Indian journal of veterinary science and animal husbandry - Volume 13,
Year: 1943
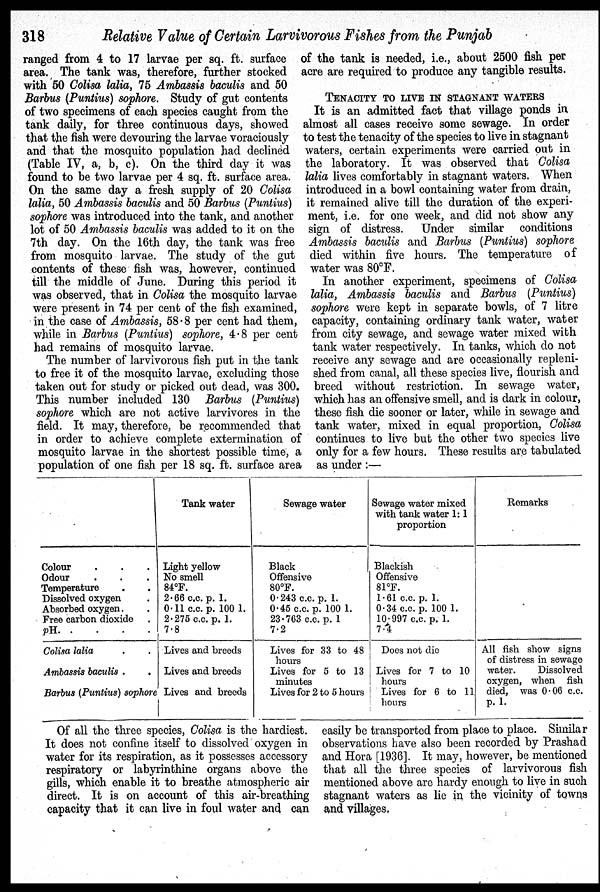
318 Relative Value of Certain Larvivorous Fishes from the Punjab
ranged from 4 to 17 larvae per sq. ft. surface
area. The tank was, therefore, further stocked
with 50 Colisa lalia, 75 Ambassis baculis and 50
Barbus (Puntius) sophore. Study of gut contents
of two specimens of each species caught from the
tank daily, for three continuous days, showed
that the fish were devouring the larvae voraciously
and that the mosquito population had declined
(Table IV, a, b, c). On the third day it was
found to be two larvae per 4 sq. ft. surface area.
On the same day a fresh supply of 20 Colisa
lalia, 50 Ambassis baculis and 50 Barbus (Puntius)
sophore was introduced into the tank, and another
lot of 50 Ambassis baculis was added to it on the
7th day. On the 16th day, the tank was free
from mosquito larvae. The study of the gut
contents of these fish was, however, continued
till the middle of June. During this period it
was observed, that in Colisa the mosquito larvae
were present in 74 per cent of the fish examined,
in the case of Ambassis, 58.8 per cent had them,
while in Barbus (Puntius) sophore, 4.8 per cent
had remains of mosquito larvae.
The number of larvivorous fish put in the tank
to free it of the mosquito larvae, excluding those
taken out for study or picked out dead, was 300.
This number included 130 Barbus (Puntius)
sophore which are not active larvivores in the
field. It may, therefore, be recommended that
in order to achieve complete extermination of
mosquito larvae in the shortest possible time, a
population of one fish per 18 sq. ft. surface area
of the tank is needed, i.e., about 2500 fish per
acre are required to produce any tangible results.
TENACITY TO LIVE IN STAGNANT WATERS
It is an admitted fact that village ponds in
almost all cases receive some sewage. In order
to test the tenacity of the species to live in stagnant
waters, certain experiments were carried out in
the laboratory. It was observed that Colisa
lalia lives comfortably in stagnant waters. When
introduced in a bowl containing water from drain,
it remained alive till the duration of the experi-
ment, i.e. for one week, and did not show any
sign of distress. Under similar conditions
Ambassis baculis and Barbus (Puntius) sophore
died within five hours. The temperature of
water was 80ºF.
In another experiment, specimens of Colisa
lalia, Ambassis baculis and Barbus (Puntius)
sophore were kept in separate bowls, of 7 litre
capacity, containing ordinary tank water, water
from city sewage, and sewage water mixed with
tank water respectively. In tanks, which do not
receive any sewage and are occasionally repleni-
shed from canal, all these species live, flourish and
breed without restriction. In sewage water,
which has an offensive smell, and is dark in colour,
these fish die sooner or later, while in sewage and
tank water, mixed in equal proportion, Colisa
continues to live but the other two species live
only for a few hours. These results are tabulated
as under :—
Colour . . .
Odour . . .
Temperature . .
Dissolved oxygen .
Absorbed oxygen . .
Free carbon dioxide .
pH . . . .
Colisa lalia . .
Ambassis baculis . .
Barbus (Puntius) sophore
Tank water
Light yellow
No smell
84ºF.
2.66 c.c. p. 1.
0.11 c.c. p. 100 1.
2.275 c.c. p. 1.
7.8
Lives and breeds
Lives and breeds
Lives and breeds
Sewage water
Black
Offensive
80ºF.
0.243 c.c. p. 1.
0.45 c.c. p. 100 1.
23.763 c.c. p. 1
7.2
Lives for 33 to 48
hours
Lives for 5 to 13
minutes
Lives for 2 to 5 hours
Sewage water mixed
with tank water 1:1
proportion
Blackish
Offensive
81ºF.
1.61 c.c. p. 1.
0.34 c.c. p. 100 1.
10.997 c.c. p. 1.
7.4
Does not die
Lives for 7 to 10
hours
Lives for 6 to 11
hours
Remarks
All fish show signs
of distress in sewage
water.
Dissolved
oxygen, when fish
died, was 0.06 c.c.
p. 1.
Of all the three species, Colisa is the hardiest.
It does not confine itself to dissolved oxygen in
water for its respiration, as it possesses accessory
respiratory or labyrinthine organs above the
gills, which enable it to breathe atmospheric air
direct. It is on account of this air-breathing
capacity that it can live in foul water and can
easily be transported from place to place. Similar
observations have also been recorded by Prashad
and Hora [1936]. It may, however, be mentioned
that all the three species of larvivorous fish
mentioned above are hardy enough to live in such
stagnant waters as lie in the vicinity of towns
and villages.